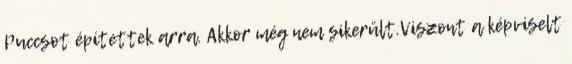
Puccsot építettek arra. Akkor még nem sikerült.Viszont a képviselt